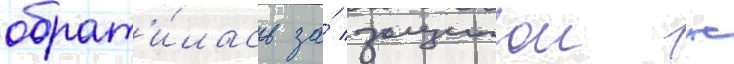
обрат'и́лась за́ защитои к